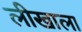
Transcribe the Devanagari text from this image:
लीखाला